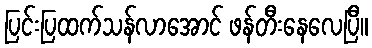
ပြင်းပြထက်သန်လာအောင် ဖန်တီးနေလေပြီ။